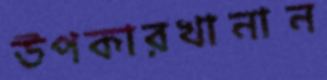
উপকারখানান